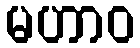
မဟာဝ